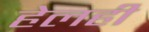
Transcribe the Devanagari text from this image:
हेलही